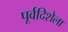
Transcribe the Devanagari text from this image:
पूर्वदिशेला